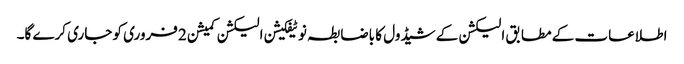
اطلاعات کے مطابق الیکشن کے شیڈول کا باضابطہ نوٹیفکیشن الیکشن کمیشن 2 فروری کو جاری کرے گا۔